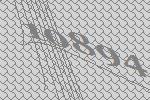
10894